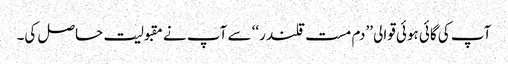
آپ کی گائی ہوئی قوالی ’’دم مست قلندر‘‘ سے آپ نے مقبولیت حاصل کی۔